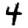
Digit: 4